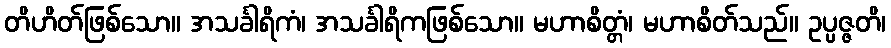
တိဟိတ်ဖြစ်သော။ အသင်္ခါရိကံ၊ အသင်္ခါရိကဖြစ်သော။ မဟာစိတ္တံ၊ မဟာစိတ်သည်။ ဥပ္ပဇ္ဇတိ၊